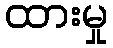
ထားမှု